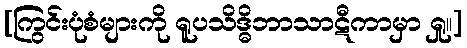
[ကြွင်းပုံစံများကို ရူပသိဒ္ဓိဘာသာဋီကာမှာ ရှု။]